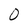
Character: 0